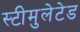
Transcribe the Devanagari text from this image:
स्टीमुलेटेड